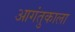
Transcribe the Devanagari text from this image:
आगंतुकाला